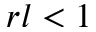
r l < 1